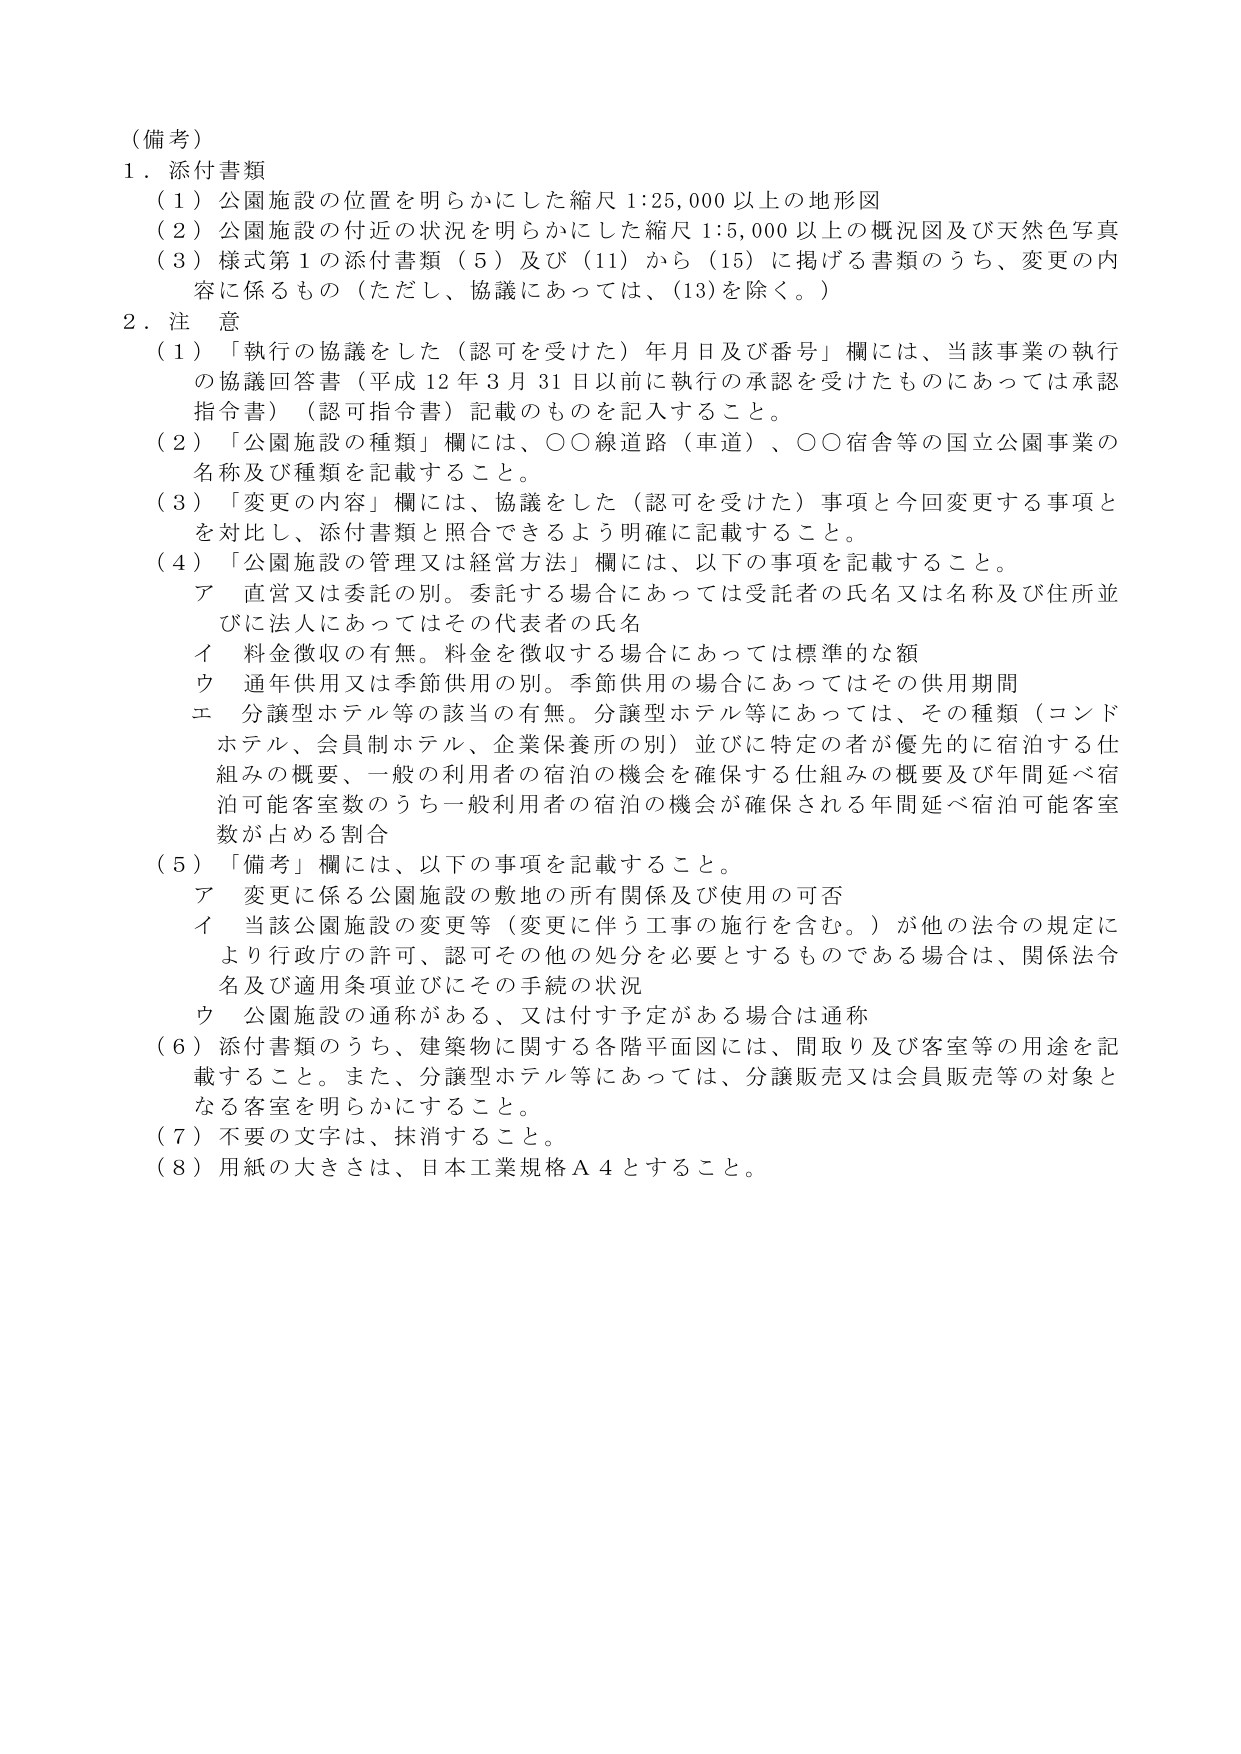
（備考）

１．添付書類
（１）公園施設の位置を明らかにした縮尺 1:25,000 以上の地形図
（２）公園施設の付近の状況を明らかにした縮尺 1:5,000 以上の概況図及び天然色写真
（３）様式第１の添付書類（５）及び（11）から（15）に掲げる書類のうち、変更の内容に係るもの（ただし、協議にあっては、（13）を除く。）

２．注意
（１）「執行の協議をした（認可を受けた）年月日及び番号」欄には、当該事業の執行の協議回答書（平成 12 年 3 月 31 日以前に執行の承認を受けたものにあっては承認指今書）（認可指今書）記載のものを記入すること。
（２）「公園施設の種類」欄には、○○線道路（車道）、○○宿舎等の国立公園事業の名称及び種類を記載すること。
（３）「変更の内容」欄には、協議をした（認可を受けた）事項と今回変更する事項とを対比し、添付書類と照合できるよう明確に記載すること。
（４）「公園施設の管理又は経営方法」欄には、以下の事項を記載すること。
　ア　直営又は委託の別。委託する場合にあっては受託者の氏名又は名称及び住所並びに法人にあってはその代表者の氏名
　イ　料金徴収の有無。料金を徴収する場合にあっては標準的な額
　ウ　通年供用又は季節供用の別。季節供用の場合にあってはその供用期間
　エ　分譲型ホテル等の該当の有無。分譲型ホテル等にあっては、その種類（コンドホテル、会員制ホテル、企業保養所の別）並びに特定の者が優先的に宿泊する仕組みの概要、一般の利用者の宿泊の機会を確保する仕組みの概要及び年間延べ宿泊可能客室数のうち一般利用者の宿泊の機会が確保される年間延べ宿泊可能客室数が占める割合
（５）「備考」欄には、以下の事項を記載すること。
　ア　変更に係る公園施設の敷地の所有関係及び使用の可否
　イ　当該公園施設の変更等（変更に伴う工事の施行を含む。）が他の法令の規定により行政庁の許可、認可その他の処分を必要とするものである場合は、関係法令名及び適用条項並びにその手続の状況
　ウ　公園施設の通称がある、又は付予定がある場合は通称
（６）添付書類のうち、建築物に関する各階平面図には、間取り及び客室等の用途を記載すること。また、分譲型ホテル等にあっては、分譲販売又は会員販売等の対象となる客室を明らかにすること。
（７）不要の文字は、抹消すること。
（８）用紙の大きさは、日本工業規格Ａ４とすること。